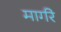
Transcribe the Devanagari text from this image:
मार्गरे